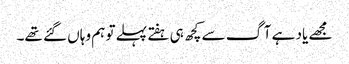
مجھے یاد ہے آگ سے کچھ ہی ہفتے پہلے تو ہم وہاں گئے تھے۔